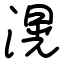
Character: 滉